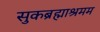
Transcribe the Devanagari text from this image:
सुकब्रह्माश्रमम